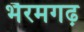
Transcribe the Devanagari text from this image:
भैरमगढ़